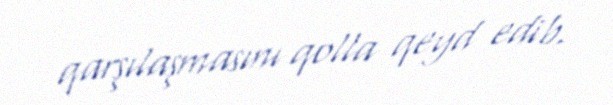
qarşılaşmasını qolla qeyd edib.